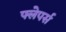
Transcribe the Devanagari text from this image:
फ्लेपर्स